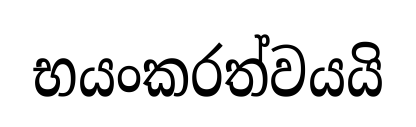
භයංකරත්වයයි